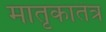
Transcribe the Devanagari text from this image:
मातृकातंत्र